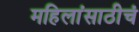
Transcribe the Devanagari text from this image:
महिलांसाठीचं